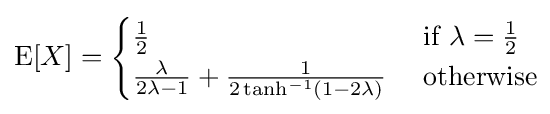
\operatorname {E} [X]={\begin{cases}{\frac {1}{2}}&{\text{ if }}\lambda ={\frac {1}{2}}\\{\frac {\lambda }{2\lambda -1}}+{\frac {1}{2\tanh ^{-1}(1-2\lambda )}}&{\text{ otherwise}}\end{cases}}\!